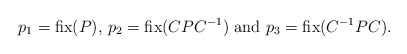
\begin{align*} p_1=\mbox{fix}(P),\, p_2=\mbox{fix}(CPC^{-1}) \mbox{ and } p_3=\mbox{fix}(C^{-1}PC).\end{align*}